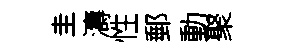
圭濤性郵動聚